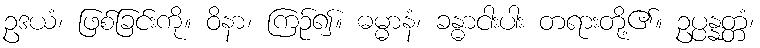
ဥဒယံ၊ ဖြစ်ခြင်းကို။ ဝိနာ၊ ကြဉ်၍။ ဓမ္မာနံ၊ ခန္ဓာငါးပါး တရားတို့၏။ ဥပ္ပန္နတ္တံ၊